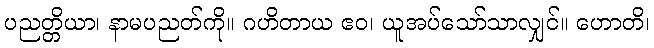
ပညတ္တိယာ၊ နာမပညတ်ကို။ ဂဟိတာယ ဧဝ၊ ယူအပ်သော်သာလျှင်။ ဟောတိ၊